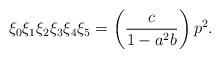
LaTeX: \begin{align*}\xi_0\xi_1\xi_2\xi_3\xi_4\xi_5=\left(\frac{c}{1-a^2b}\right) p^2. \end{align*}